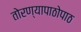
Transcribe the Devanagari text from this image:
तोरण्यापाठोपाठ